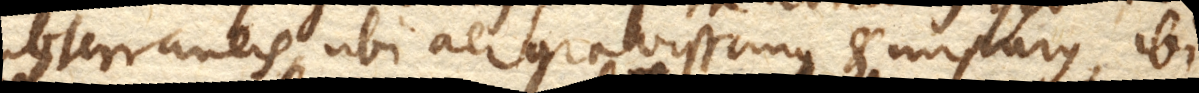
subterraneis, ubi aer gravissimus et impurus, ibi